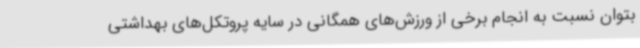
بتوان نسبت به انجام برخی از ورزش‌های همگانی در سایه پروتکل‌های بهداشتی